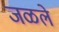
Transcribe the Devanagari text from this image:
जळले